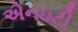
એનઇટી